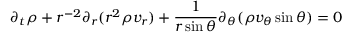
\partial _ { t } \rho + r ^ { - 2 } \partial _ { r } ( r ^ { 2 } \rho v _ { r } ) + \frac { 1 } { r \sin \theta } \partial _ { \theta } ( \rho v _ { \theta } \sin \theta ) = 0